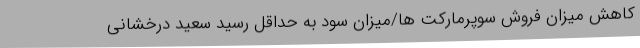
کاهش میزان فروش سوپرمارکت ها/میزان سود به حداقل رسید سعید درخشانی